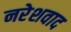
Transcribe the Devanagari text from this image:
नरेशवाद